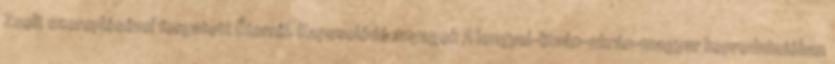
Zsolt szereplésével forgatott Éterről. Kapcsolódó anyagok A lengyel-litván-ukrán-magyar koprodukcióban